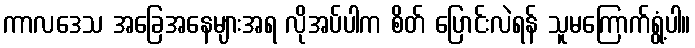
ကာလဒေသ အခြေအနေများအရ လိုအပ်ပါက စိတ် ပြောင်းလဲရန် သူမကြောက်ရွံ့ပါ။